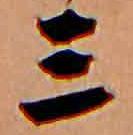
三